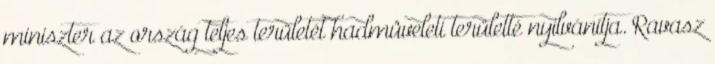
miniszter az ország teljes területét hadmûveleti területté nyilvánítja. Ravasz